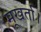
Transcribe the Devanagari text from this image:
मूखर्ता।